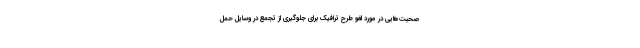
صحبت‌هایی در مورد لغو طرح ترافیک برای جلوگیری از تجمع در وسایل حمل